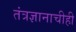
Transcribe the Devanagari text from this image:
तंत्रज्ञानाचीही